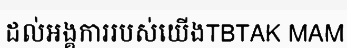
ដល់អង្គការរបស់យើងTBTAK MAM